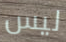
ليس